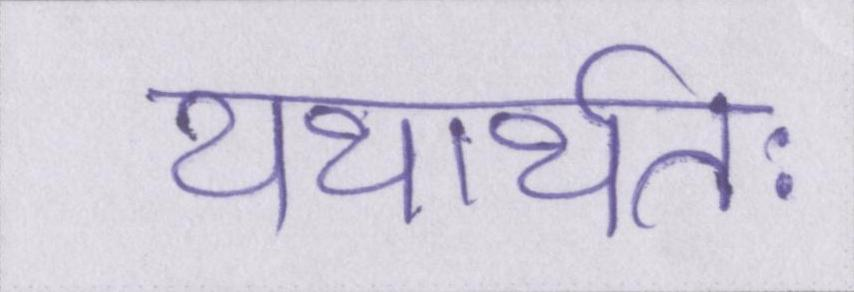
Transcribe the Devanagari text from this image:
यथार्थतः